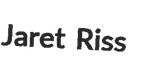
Jaret Riss